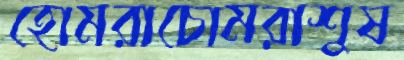
হোমরাচোমরাশুষ